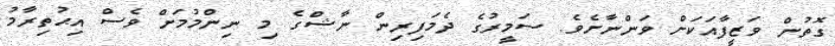
ގޮތުން ވަޒީފާއަކަށް ވަންނާށެވެ. ސަމީރުގެ ދެމަފިރިން ނާޝްގެ މި ނިންމުމަށް ވެސް އިޙުތިރާމު